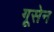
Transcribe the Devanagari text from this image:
गूसेन